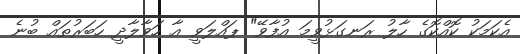
އެކަމަކު ކޮއްކޮގެ ހާލު ރަނގަޅުވީމަ އުފާވޭ" ޕައްލަވީ އާ ހަވާލާދީ ހަބަރުތައް ބުނެ